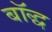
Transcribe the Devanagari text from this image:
बॉद्ध